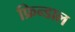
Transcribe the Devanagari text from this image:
फ्रिन्डाल